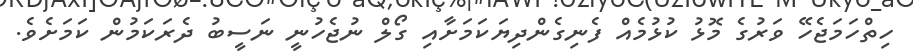
ހިތްހަމަޖެހޭ ވަރުގެ މޮޅު ކުޅުމެއް ފެނިގެންދިޔަކަމަށާއި ގޯލް ނުޖެހުނީ ނަސީބު ދެރަކަމުން ކަމަށެވެ.